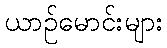
ယာဉ်မောင်းများ